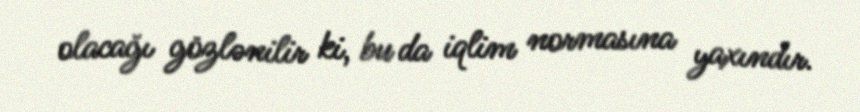
olacağı gözlənilir ki, bu da iqlim normasına yaxındır.